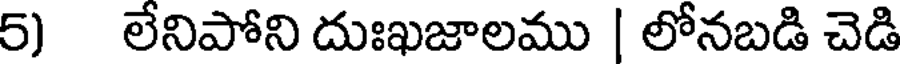
5) లేనిపోని దుఃఖజాలము | లోనబడి చెడి